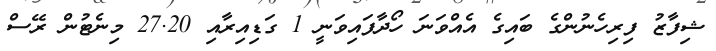
ޝިފާޒު ފިރިހެނުންގެ ބައިގެ އެއްވަނަ ހޯދާފައިވަނީ 1 ގަޑިއިރާއި 27.20 މިނެޓުން ރޭސް